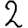
Digit: 2